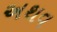
અથવ